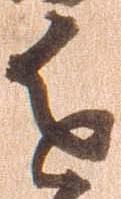
進